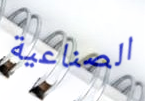
الصناعية